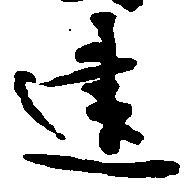
建